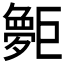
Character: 𪩨